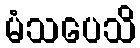
မံသပေသိ